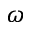
\omega